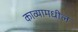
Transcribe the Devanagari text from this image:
काव्यामधील